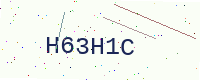
Text: H63H1C